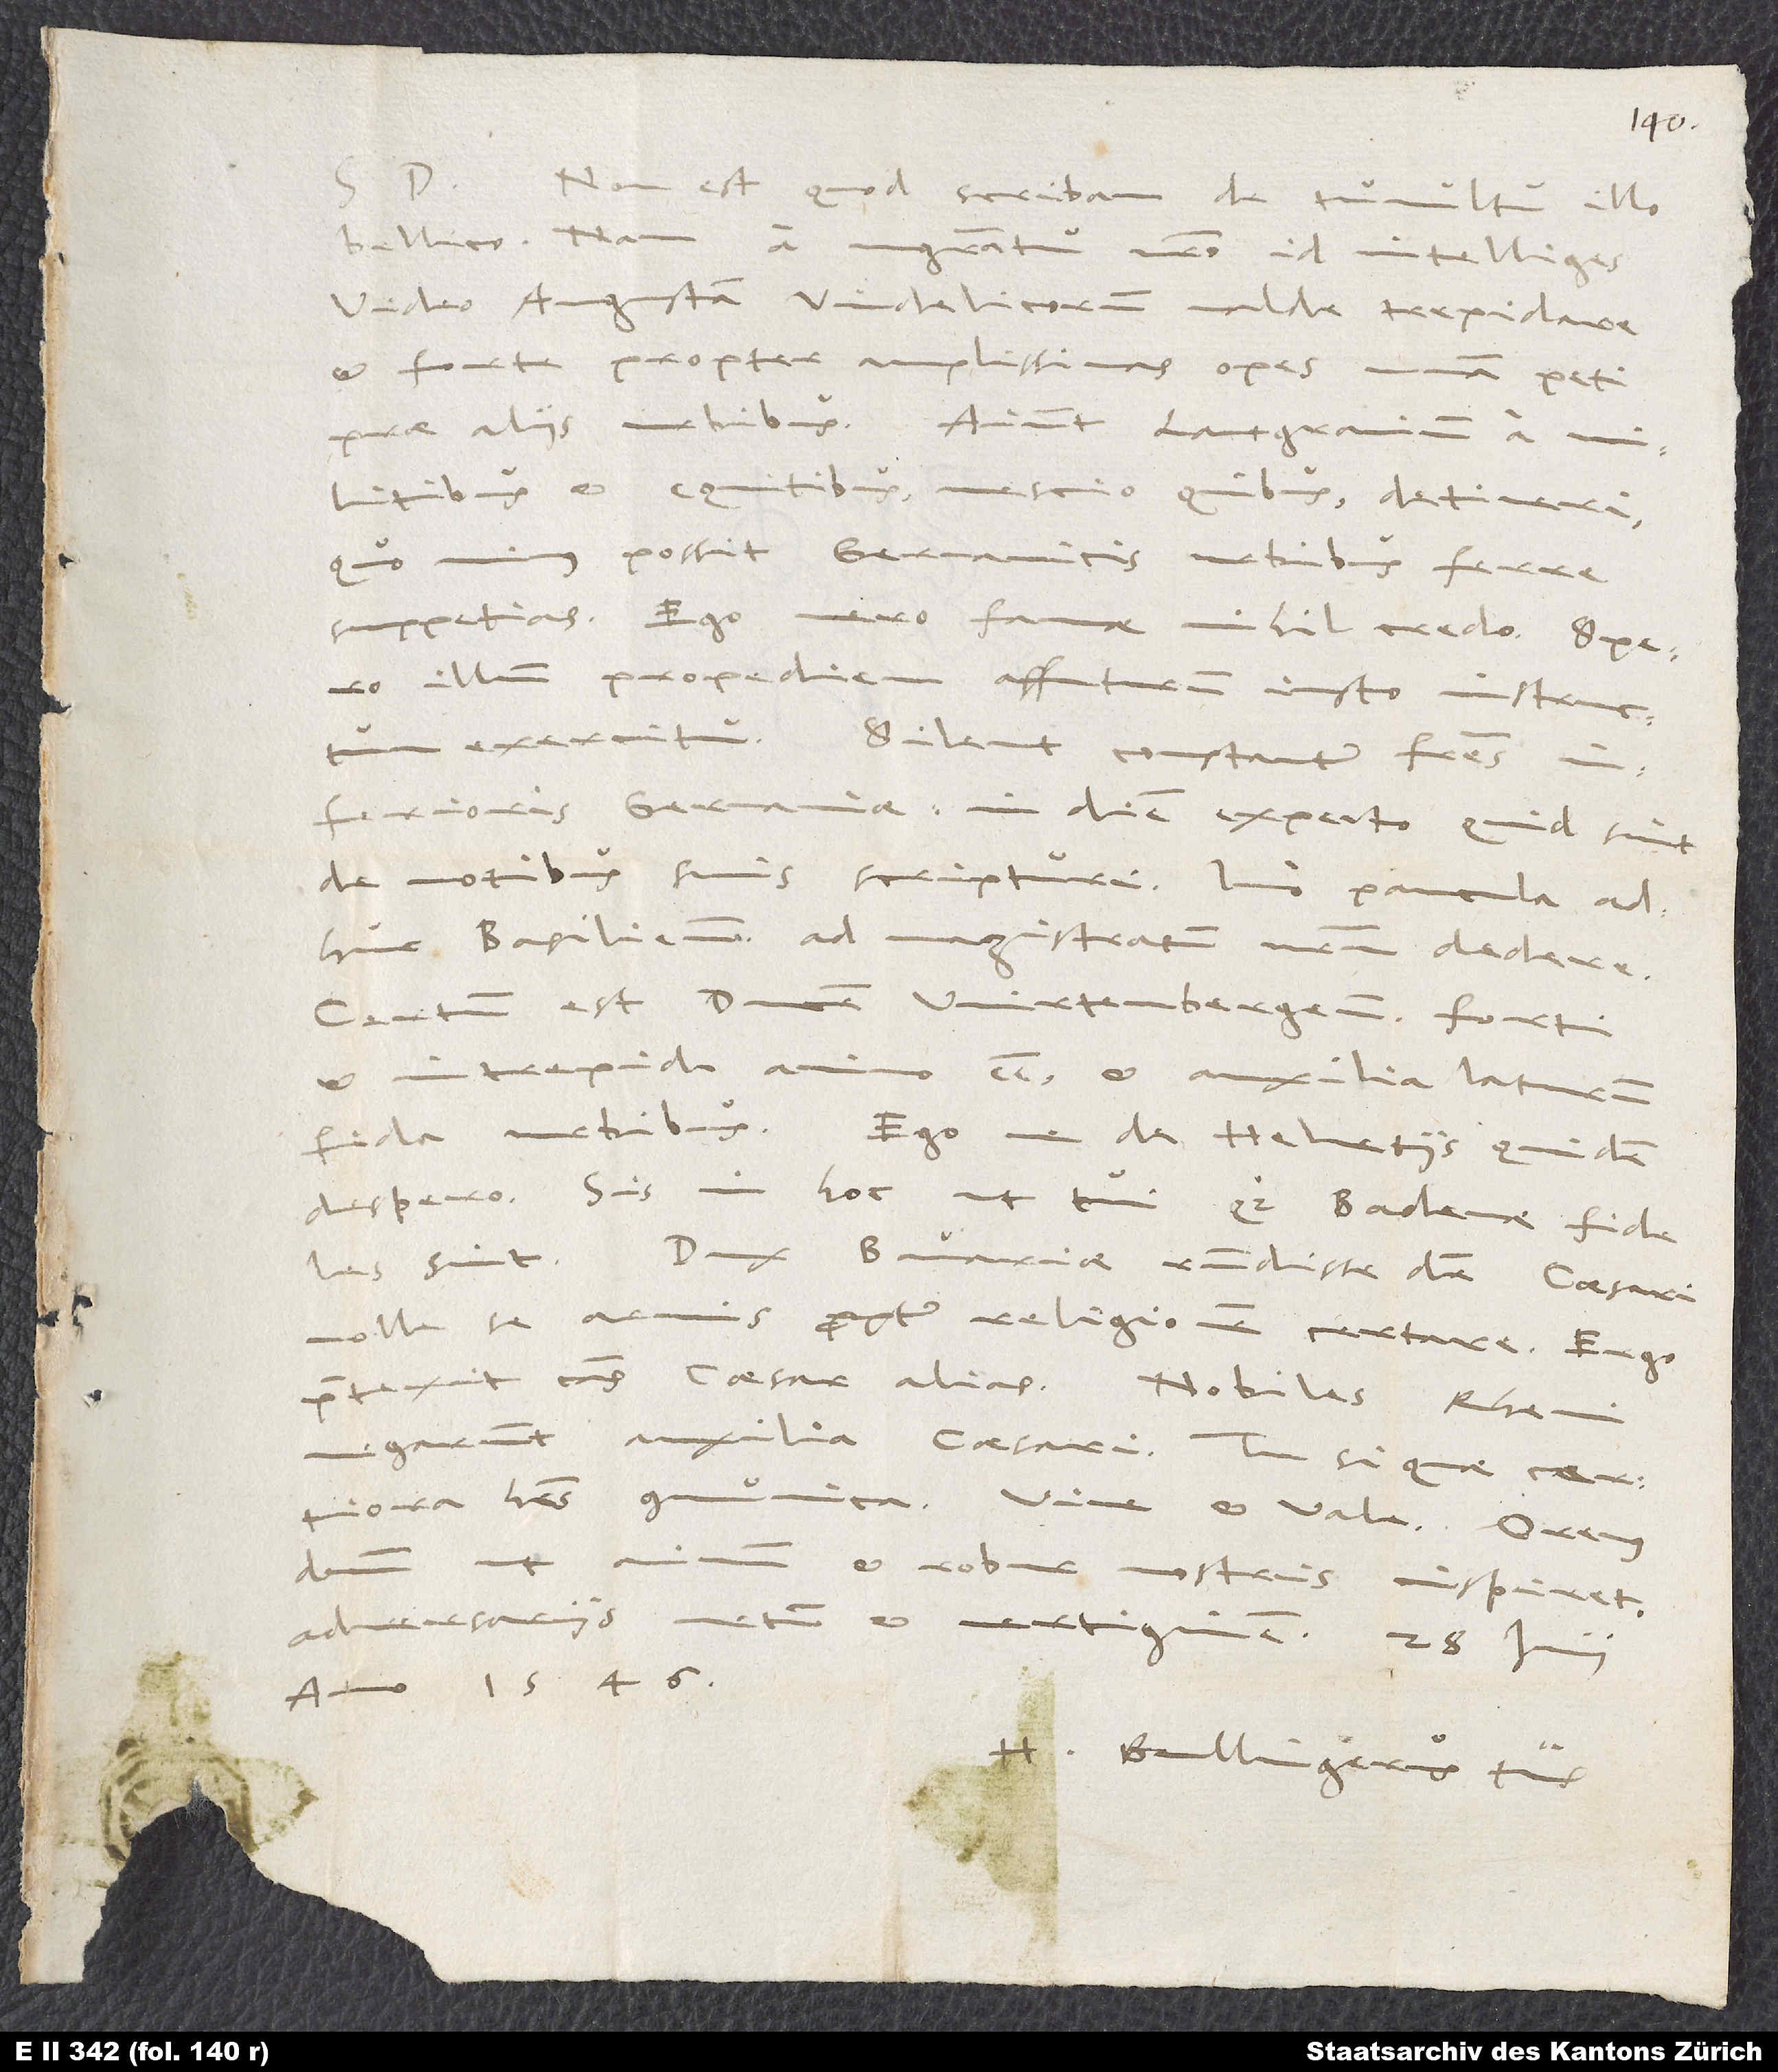
D.
Non est, quod scribam de tumultu illo
bellico; nam a magistrato nostro id intelliges.
Video Augustam Vindelicorum valde trepidare
et forte propter amplissimas opes unam peti
prae aliis urbibus. Aiunt, lantgravium a
militibus et equitibus nescio quibus detineri,
quo minus possit Germanicis urbibus ferre
suppetias. Ego vero famae nihil credo. Spero
illum propediem affuturum iusto instructum
exercitu. Silent constanter fratres
Inferioris Germaniae. In diem expecto, quid sint
de motibus suis scripturi. Imo paucula
adhuc Basilienses ad magistratum nostrum dedere.
Certum est, ducem Wirtenbergensem forti
et intrepido animo esse et auxilia laturum
fida urbibus. Ego ne de Helvetiis quidem
despero. Sis in hoc, ut tui quoque Badenae fideles
sint. Dux Bavariae respondisse dicitur caesari,
nolle se armis propter religionem certare; ergo
praetexit causas caesar alias. Nobiles Rheni
habes, communica. Vive et vale! Oremus
ut animum et robur nostris inspiret,
adversariis metum et vertiginem.
anno 1546.
H. Bullingerus tuus.